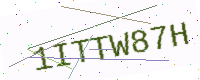
Text: 1ITTW87H